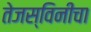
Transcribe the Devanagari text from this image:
तेजस्विनीचा